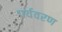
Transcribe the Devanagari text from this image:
पर्यवरण